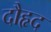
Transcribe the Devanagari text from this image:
दौहृद